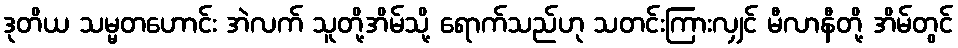
ဒုတိယ သမ္မတဟောင်း အဲလက် သူတို့အိမ်သို့ ရောက်သည်ဟု သတင်းကြားလျှင် မီလာနီတို့ အိမ်တွင်